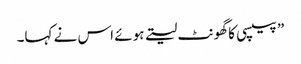
” پیپسی کا گھونٹ لیتے ہوئے اس نے کہا۔